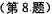
(第8题)